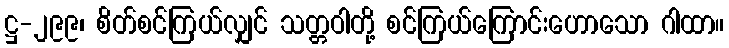
ဋ္ဌ-၂၉၉၊ စိတ်စင်ကြယ်လျှင် သတ္တဝါတို့ စင်ကြယ်ကြောင်းဟောသော ဂါထာ။